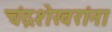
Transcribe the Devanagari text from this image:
चंद्रशेखरांना